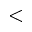
<